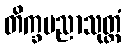
တိက္ခပညာသုတ္တံ